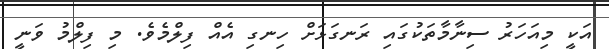
އަކީ މިއަހަރު ސިނާމާތަކުގައި ރަނގަޅަށް ހިނގި އެއް ފިލްމެވެ. މި ފިލްމު ވަނީ